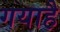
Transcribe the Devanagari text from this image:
गयाहै